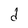
Character: d